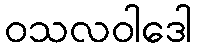
ဝသလဝါဒေါ